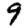
Digit: 9